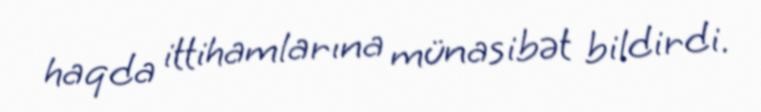
haqda ittihamlarına münasibət bildirdi.